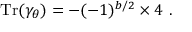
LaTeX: \mathrm { T r } ( \gamma _ { \theta } ) = - ( - 1 ) ^ { b / 2 } \times 4 ~ .